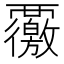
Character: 𮗊